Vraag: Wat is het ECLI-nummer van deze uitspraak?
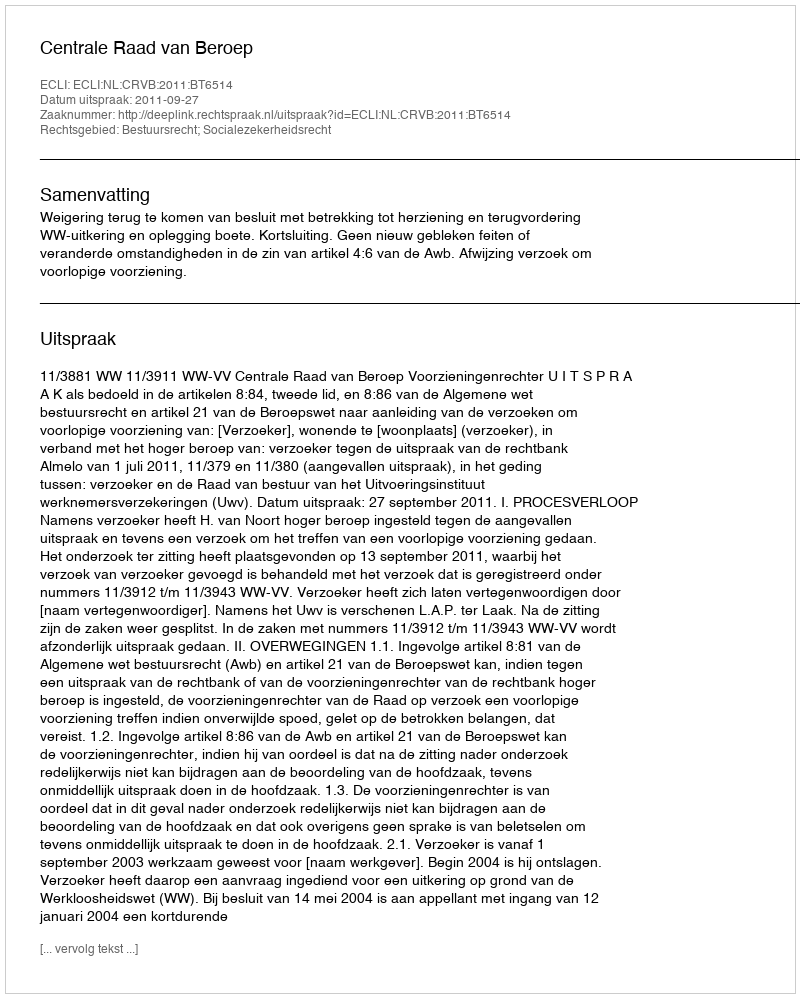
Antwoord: ECLI:NL:CRVB:2011:BT6514